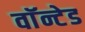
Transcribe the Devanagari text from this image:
वाॅन्टेड